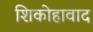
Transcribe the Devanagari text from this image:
शिकोहावाद